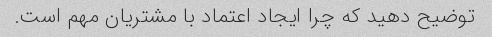
توضیح دهید که چرا ایجاد اعتماد با مشتریان مهم است.